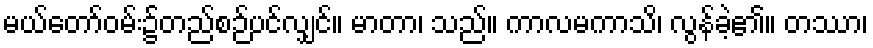
မယ်တော်ဝမ်း၌တည်စဉ်ပင်လျှင်။ မာတာ၊ သည်။ ကာလမကာသိ၊ လွန်ခဲ့၏။ တဿာ၊